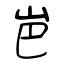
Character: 岜